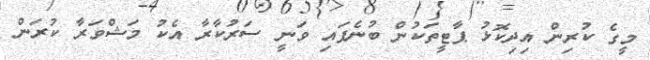
މީގެ ކުރިން އިދިކޮޅު ޕާޓީތަކުން ބުނެފައި ވަނީ ސަރުކާރާ އެކު މަޝްވަރާ ކުރަން